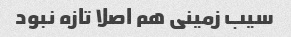
سیب زمینی هم اصلا تازه نبود